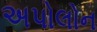
અપોલોન